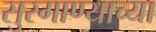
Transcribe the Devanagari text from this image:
सुरगाण्याच्या